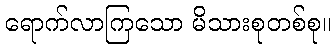
ရောက်လာကြသော မိသားစုတစ်စု။